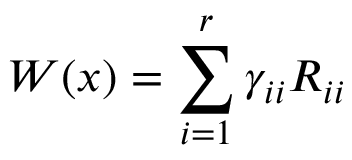
W ( x ) = \sum _ { i = 1 } ^ { r } \gamma _ { i i } R _ { i i }